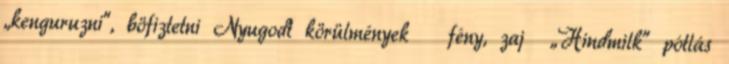
„kenguruzni”, böfiztetni Nyugodt körülmények fény, zaj „Hindmilk” pótlás